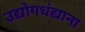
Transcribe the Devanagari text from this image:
उद्योगधंद्याना